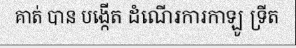
គាត់ បាន បង្កើត ដំណើរការកាឡូ ទ្រីត